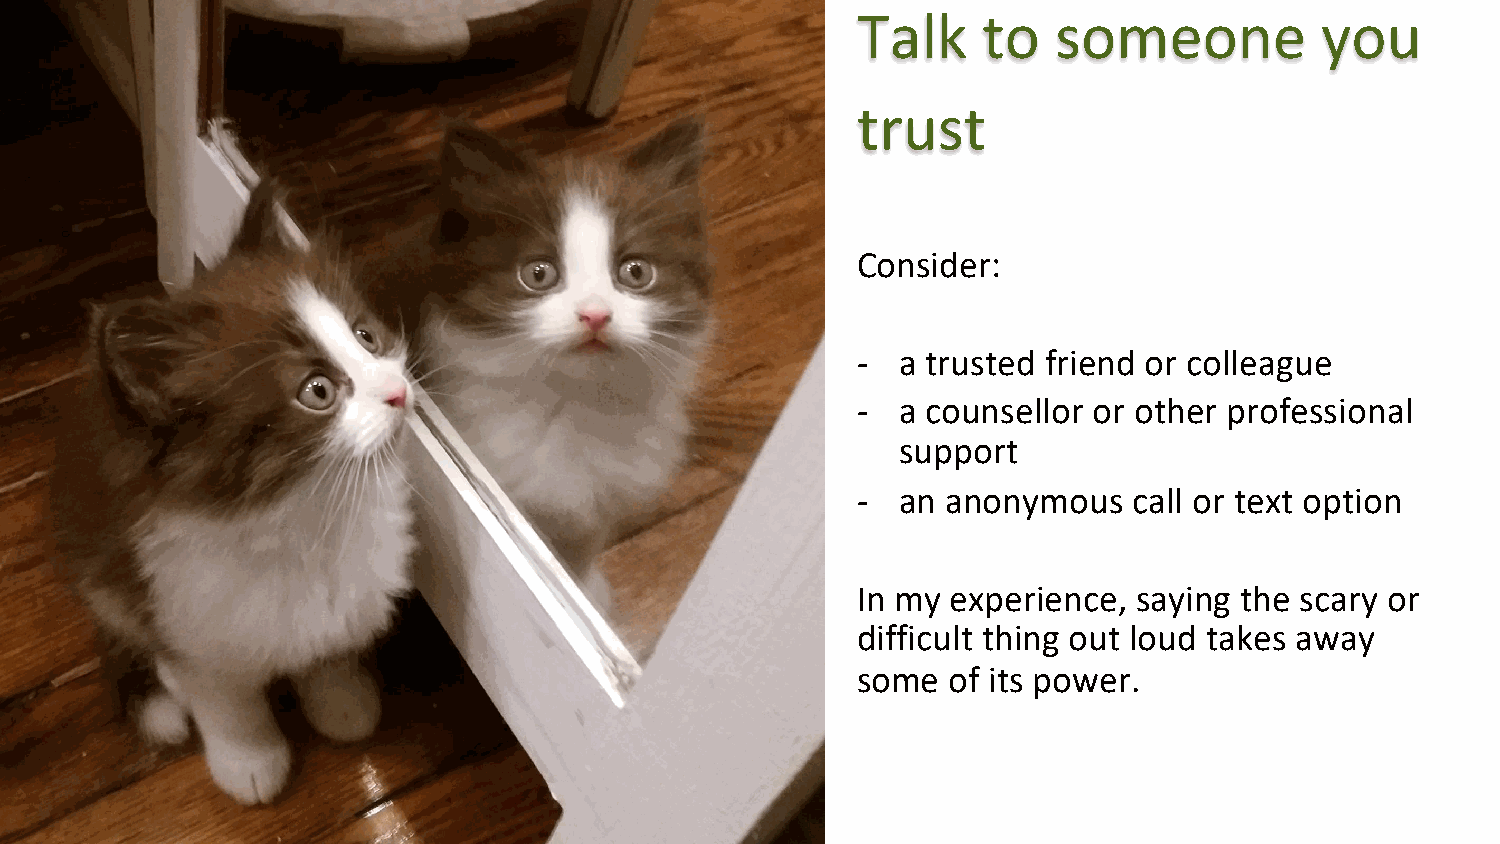
Talk    to   someone          you
 trust
 Consider:
 -  a trusted friend or colleague
 -  a counsellor or other professional
 support
 -  an anonymous   call or text option
 In my experience, saying the scary or
 difficult thing out loud takes away
 some  of its power.